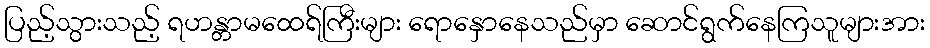
ပြည့်သွားသည့် ရဟန္တာမထေရ်ကြီးများ ရောနှောနေသည်မှာ ဆောင်ရွက်နေကြသူများအား